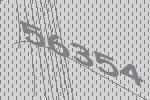
56354